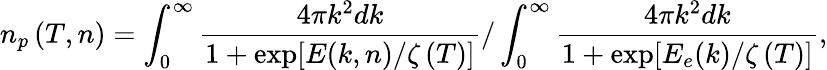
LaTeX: {n_{p}}\left({T,n}\right)=\int_{0}^{\infty}{\frac{{4\pi{k^{2}}dk}}{{1+\exp[E(k,n)/\zeta\left(T\right)]}}}/\int_{0}^{\infty}{\frac{{4\pi{k^{2}}dk}}{{1+\exp[{E_{e}}(k)/\zeta\left(T\right)]}}},